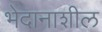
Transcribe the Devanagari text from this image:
भेदानाशील